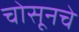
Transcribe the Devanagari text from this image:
चोसूनचे